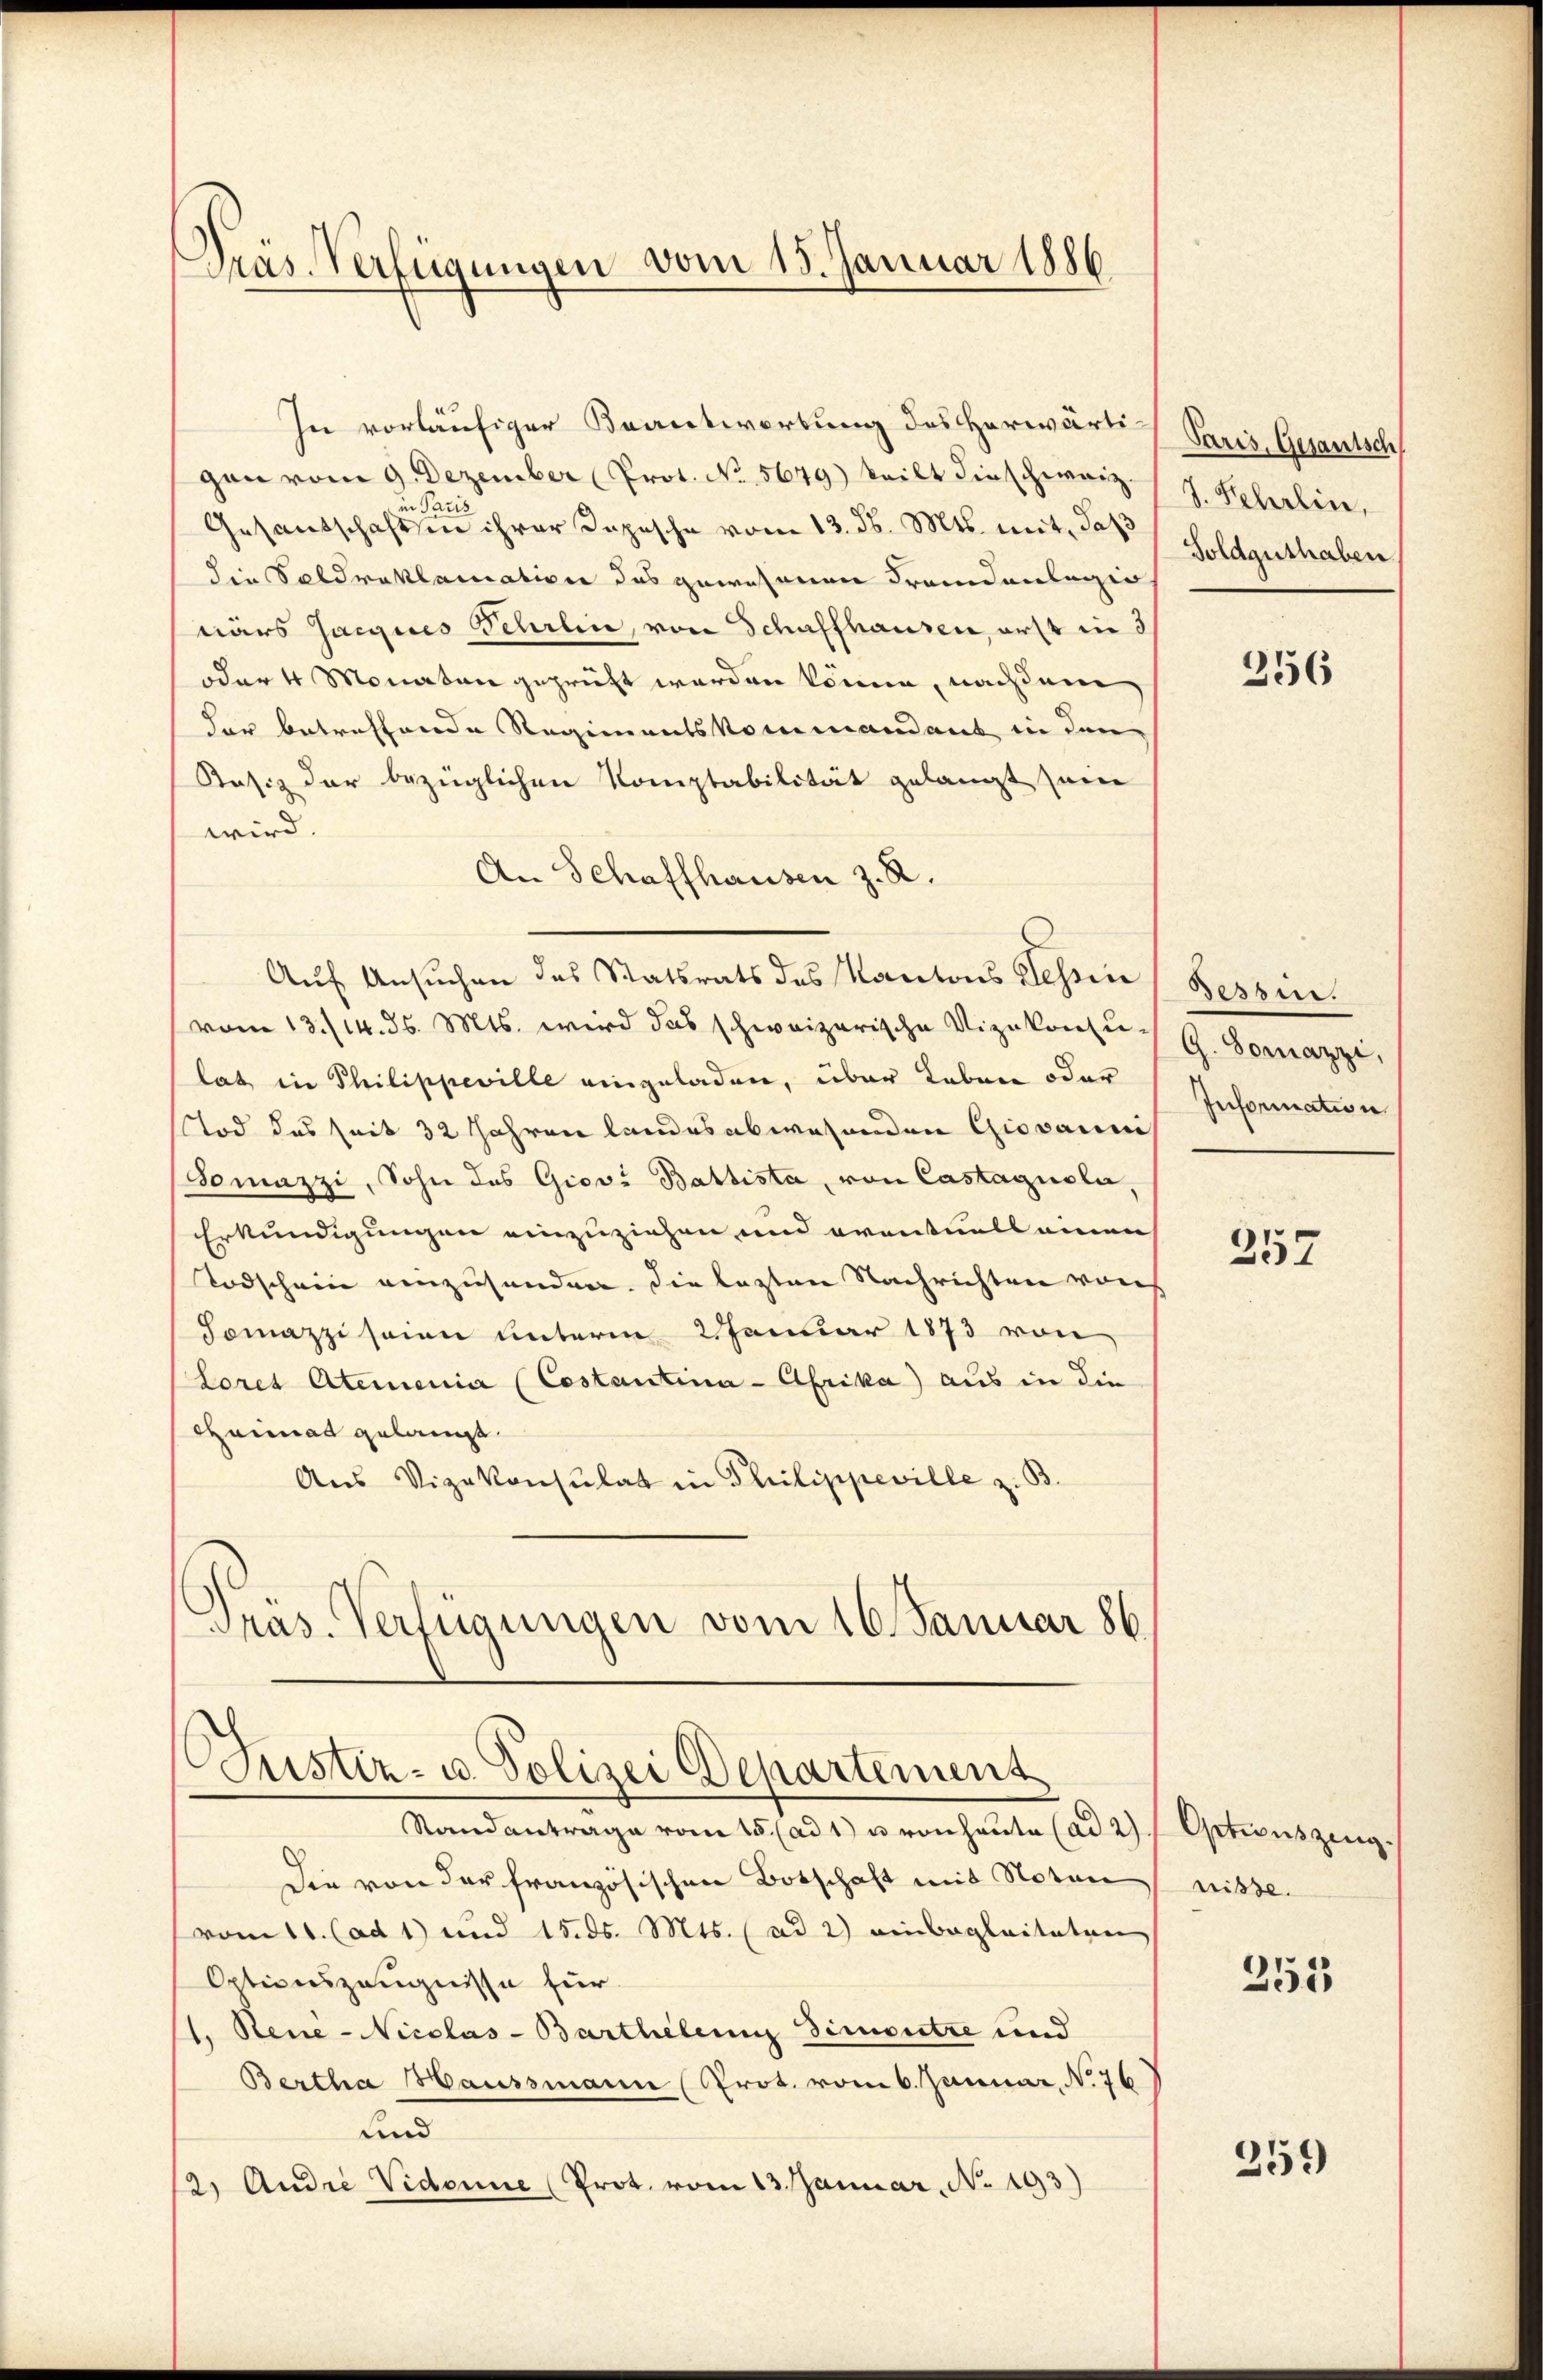
Präs. Verfügungen vom 15. Januar 1886

In vorläufiger Beantwortung des Herwärtigen vom 9. Dezember Prot. No. 5679) teilt dieschweiz.
in Paris
Gesandschaften ihrer Dopische vom 13. ds. Mts. mit, daß
die Soldraklamation das gewesenen Fremdenlagio
närs Jacques Schrein, von Schaffhausen, erst in d
e
oder 4 Monaten geprüft werden könne, nachdem
der betreffende Regimentskommandant in den
Kosis der bezüglichen Komptabilität gelangt seine
wird.
An Schaffhausen z. R.
Auf Ansuchen des Statsrats des Kantons Tessin
vom 13./14. d. Mts. wird das schweizerische Vizekonsu-
lat in Philippeville eingeladen, über Leben oder
Tod des seit 32 Jahren landesabwesenden Giovanni
Somazzi, Sohn des Giovi Battista, von Castagusla
Erkundigungen einzuziehen und eventuell einen
Todschein einzusenden. Die lezten Nachrichten von
Somazzisau unterm 2 Januar 1873 von
Lores Atemenia (Costantina-Afrika) aus in die
Chaimal gelangt.
Aus Vizekonsulat in Philippeville z. B.
Präs. Verfügungen vom 16. Januar 186

Justiz- u. Polizei Departement

Standantrage vom 15. ad 1) u. von heute (ad 2)
Die von der französischen Botschaft mit Noten
vom 11. (ad 1) und 1585. Mts. (ad 2) einbegleiteten
Optionszeugnisse für
1. Reue-Nicolas-Barthelen Simontre und
Bertha Haussmann (Prot. vom 6. Januar, No 76
und
12) Audie Vidonne (Prot. vom 13. Januar, No. 193)

Paris, Gesantsch
S. Sehrlin,
Soldguthaben

256

Tessin.
G. Horazzi,
Information

357

Oetionszing.
nisse.

253

359)